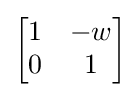
{\begin{bmatrix}1&-w\\0&1\end{bmatrix}}